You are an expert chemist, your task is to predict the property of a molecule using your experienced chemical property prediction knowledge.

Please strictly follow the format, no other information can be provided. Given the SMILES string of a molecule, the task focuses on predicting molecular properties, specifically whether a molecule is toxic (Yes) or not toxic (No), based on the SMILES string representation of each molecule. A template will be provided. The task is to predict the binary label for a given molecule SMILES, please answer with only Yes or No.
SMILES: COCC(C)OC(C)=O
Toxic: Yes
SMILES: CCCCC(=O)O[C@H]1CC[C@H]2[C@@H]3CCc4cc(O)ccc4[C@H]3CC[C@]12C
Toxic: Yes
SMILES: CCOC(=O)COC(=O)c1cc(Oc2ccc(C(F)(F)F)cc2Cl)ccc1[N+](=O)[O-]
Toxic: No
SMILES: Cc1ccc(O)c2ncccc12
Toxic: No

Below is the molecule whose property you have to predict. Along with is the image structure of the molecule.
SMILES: CC(C)(N=C=O)c1cccc(C(C)(C)N=C=O)c1
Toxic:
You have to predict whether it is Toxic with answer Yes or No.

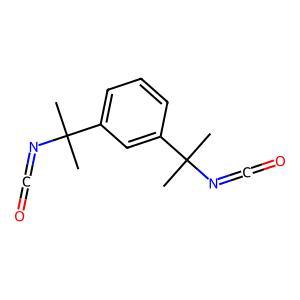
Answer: No